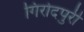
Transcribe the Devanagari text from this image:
गिरोदपुरी